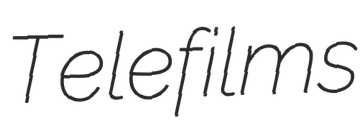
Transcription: Telefilms